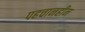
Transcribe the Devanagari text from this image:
पहचानहीन